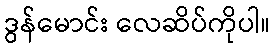
ဒွန်မောင်း လေဆိပ်ကိုပါ။